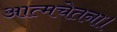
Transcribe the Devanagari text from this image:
आत्मचेतना।